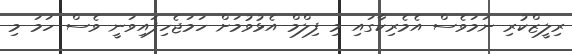
ރިލީޒްކުރި ނަމަވެސް އެމެރިކާގައި މި ފިލްމް އެޅުވުމަށް ހަމަޖެހިފައިވަނީ ވެސް ހަމަ މި